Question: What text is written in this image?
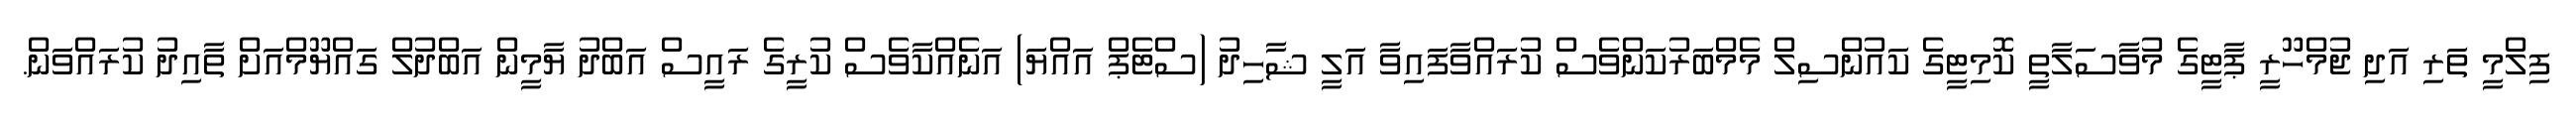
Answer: ފިލްމީ ތަރި އަދި ޖުމްހޫރީ ޕާޓީގެ މުވާސަލާތީ ކޮމިޓީގެ ކައުންސިލް މެމްބަރުކަންވެސް ކުރައްވާފައިވާ އަލީ ޝާހިދު (ސްޓެޕް އައްޔަ) އަނެއްކާވެސް ކުރީގެ ރައީސް އަބްދު ޔާމީން އަބްދުލް ގައްޔޫމްއަށް ތާއިދު ކުރައްވަން.